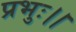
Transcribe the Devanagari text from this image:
प्रभुः।।